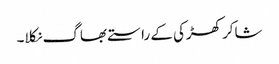
شاکر کھڑکی کے راستے بھاگ نکلا۔